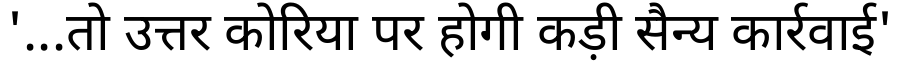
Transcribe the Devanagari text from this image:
'...तो उत्तर कोरिया पर होगी कड़ी सैन्य कार्रवाई'